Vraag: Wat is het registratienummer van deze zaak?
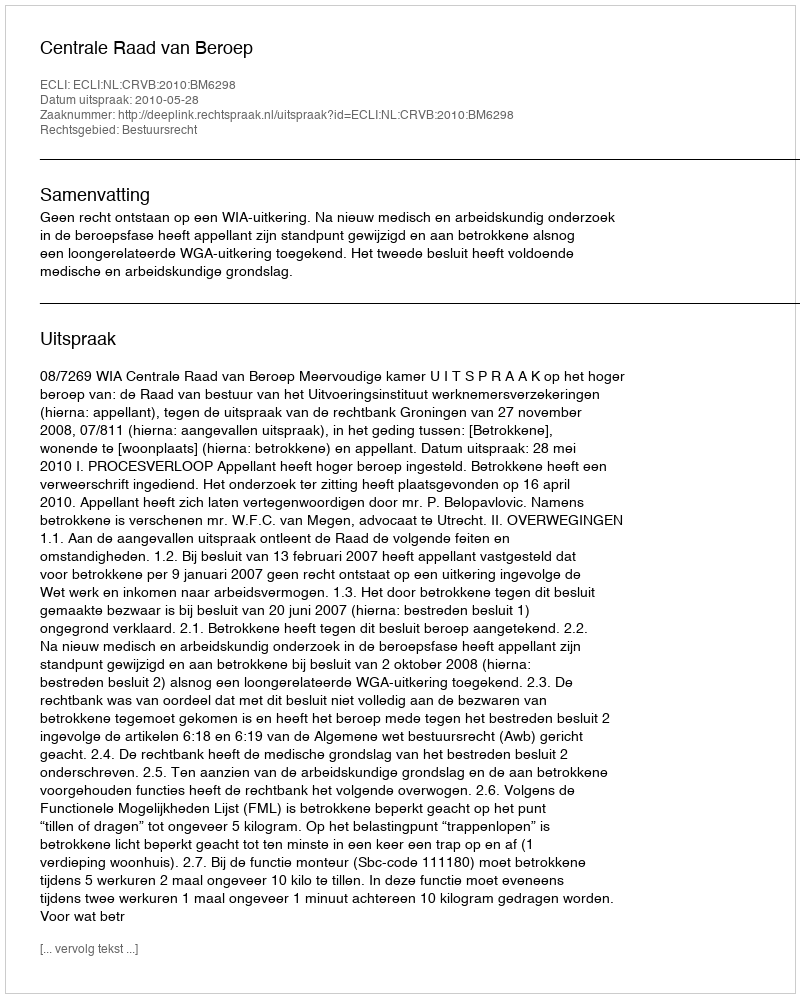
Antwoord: http://deeplink.rechtspraak.nl/uitspraak?id=ECLI:NL:CRVB:2010:BM6298